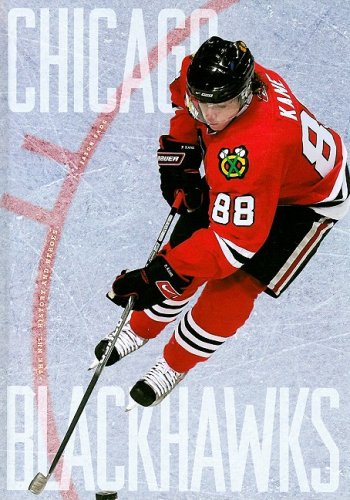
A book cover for Chicago Blackhawks (The NHL: History and Heros); Jason Skog; Children's Books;